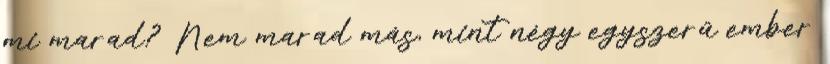
mi marad? Nem marad más, mint négy egyszerű ember